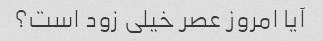
آیا امروز عصر خیلی زود است؟